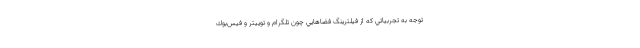
توجه به تجربياتي كه از فيلترينگ فضاهايي چون تلگرام و توييتر و فيس‌بوك